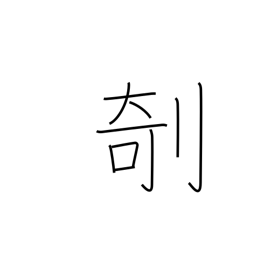
Meaning: carve